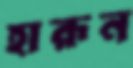
হারূন